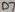
Text: D7